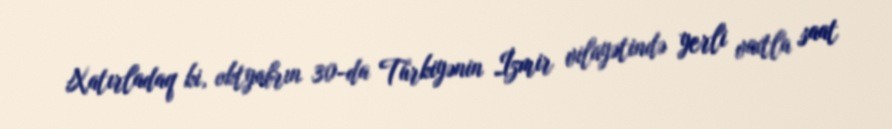
Xatırladaq ki, oktyabrın 30-da Türkiyənin İzmir vilayətində yerli vaxtla saat